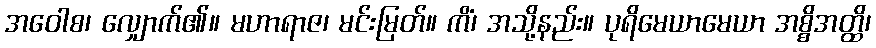
အဝေါစ၊ လျှောက်၏။ မဟာရာဇ၊ မင်းမြတ်။ ကိံ၊ အသို့နည်း။ ပုရိမေယာမေယာ အစ္စိအတ္ထိ၊